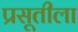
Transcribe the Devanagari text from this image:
प्रसूतीला